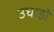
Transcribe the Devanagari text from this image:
उघाड़ो